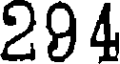
294